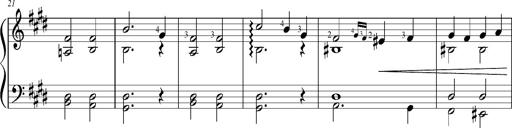
Title: Resignazione, S.187a/b
Composer: Franz Liszt